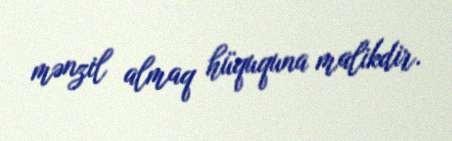
mənzil almaq hüququna malikdir.